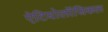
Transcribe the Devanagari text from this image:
ऐटियोलॉजिकल